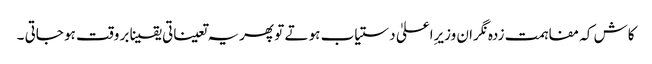
کاش کہ مفاہمت زدہ نگران وزیرِاعلیٰ دستیاب ہو تے تو پھریہ تعیناتی یقینا بر وقت ہو جاتی ۔